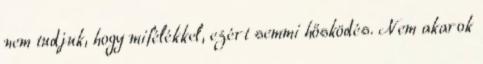
nem tudjuk, hogy mifélékkel, ezért semmi hősködés. Nem akarok